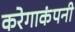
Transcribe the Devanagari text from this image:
करेगाकंपनी